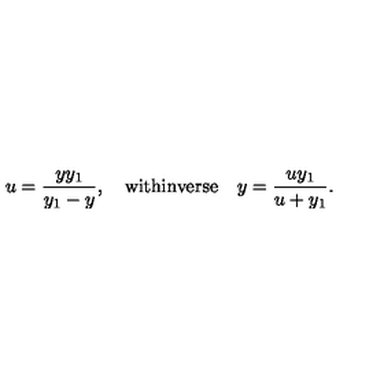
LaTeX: u = \frac { y y _ { 1 } } { y _ { 1 } - y } , \quad \mathrm { w i t h i n v e r s e } \quad y = \frac { u y _ { 1 } } { u + y _ { 1 } } .